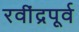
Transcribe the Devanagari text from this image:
रवींद्रपूर्व